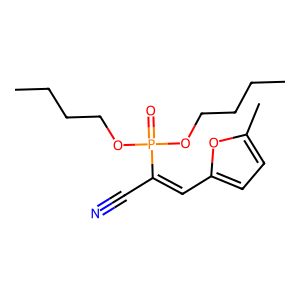
SMILES: CCCCOP(=O)(OCCCC)C(C#N)=Cc1ccc(C)o1
Inhibits HIV replication: No